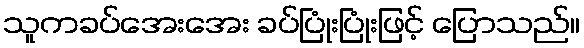
သူကခပ်အေးအေး ခပ်ပြုံးပြုံးဖြင့် ပြောသည်။